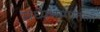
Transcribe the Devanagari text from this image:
मध्यभागातली